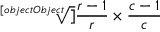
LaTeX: \sqrt [ [object Object] ] { { \frac { r - 1 } { r } } \times { \frac { c - 1 } { c } } }